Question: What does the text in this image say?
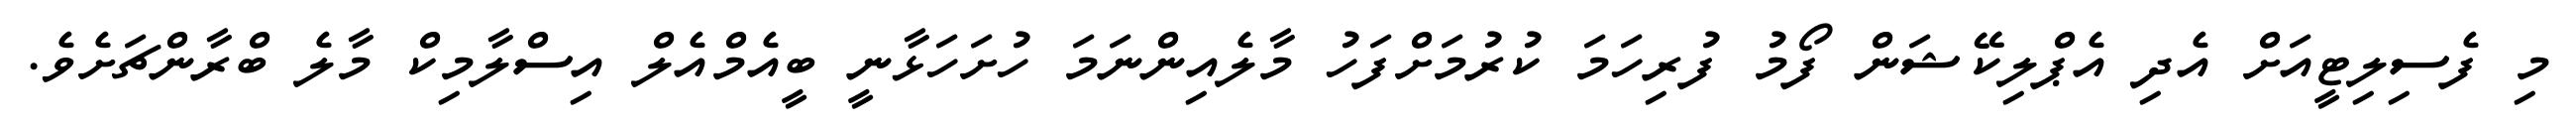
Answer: މި ފެސިލިޓީއަށް އެދި އެޕްލިކޭޝަން ފޯމު ފުރިހަމަ ކުރުމަށްފަހު މާލެއިންނަމަ ހުށަހަޅާނީ ބީއެމްއެލް އިސްލާމިކް މާލެ ބްރާންޗަށެވެ.